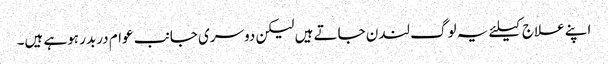
اپنے علاج کیلئے یہ لوگ لندن جاتے ہیں لیکن دوسری جانب عوام دربدر ہوہے ہیں۔